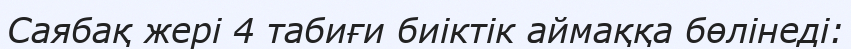
Саябақ жері 4 табиғи биіктік аймаққа бөлінеді: